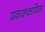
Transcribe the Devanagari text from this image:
प्रकाशकणिका